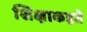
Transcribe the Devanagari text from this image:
शिक्षाकहते